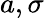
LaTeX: a,\sigma